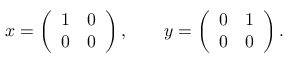
x = \left( { \begin{array} { c c } { 1 } & { 0 } \\ { 0 } & { 0 } \end{array} } \right) , \qquad y = \left( { \begin{array} { c c } { 0 } & { 1 } \\ { 0 } & { 0 } \end{array} } \right) .